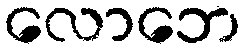
လောဘေ